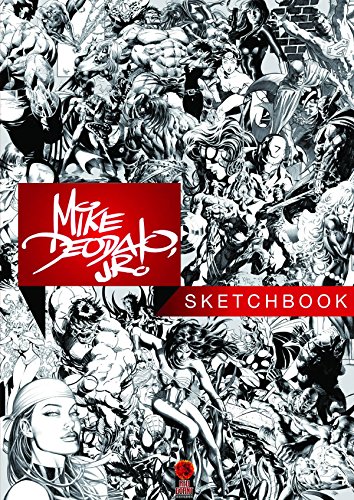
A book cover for Mike Deodato Jr's Sketchbook TP; Mike Deodato Jr; Comics & Graphic Novels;